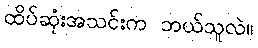
ထိပ်ဆုံးအသင်းက ဘယ်သူလဲ။